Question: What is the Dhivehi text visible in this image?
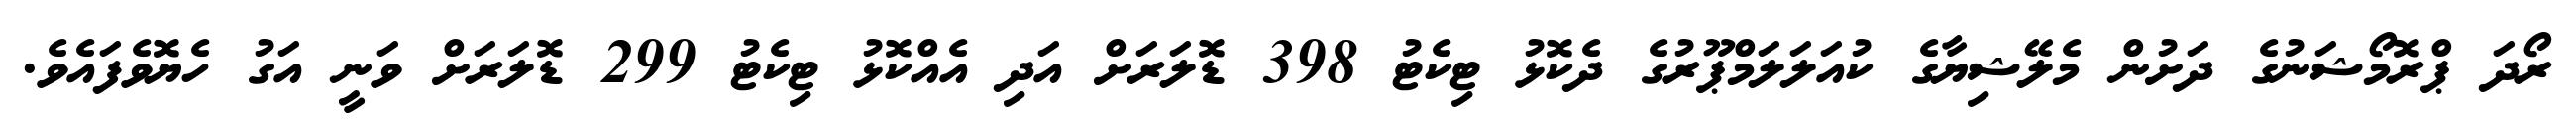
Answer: ރޯދަ ޕްރޮމޯޝަނުގެ ދަށުން މެލޭޝިޔާގެ ކުއަލަލަމްޕޫރުގެ ދެކޮޅު ޓިކެޓު 398 ޑޮލަރަށް އަދި އެއްކޮޅު ޓިކެޓު 299 ޑޮލަރަށް ވަނީ އަގު ހެޔޮވެފައެވެ.